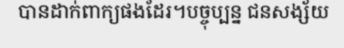
បានដាក់ពាក្យផងដែរ។បច្ចុប្បន្ន ជនសង្ស័យ